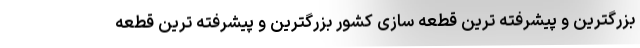
بزرگترین و پیشرفته ترین قطعه سازی کشور بزرگترین و پیشرفته ترین قطعه